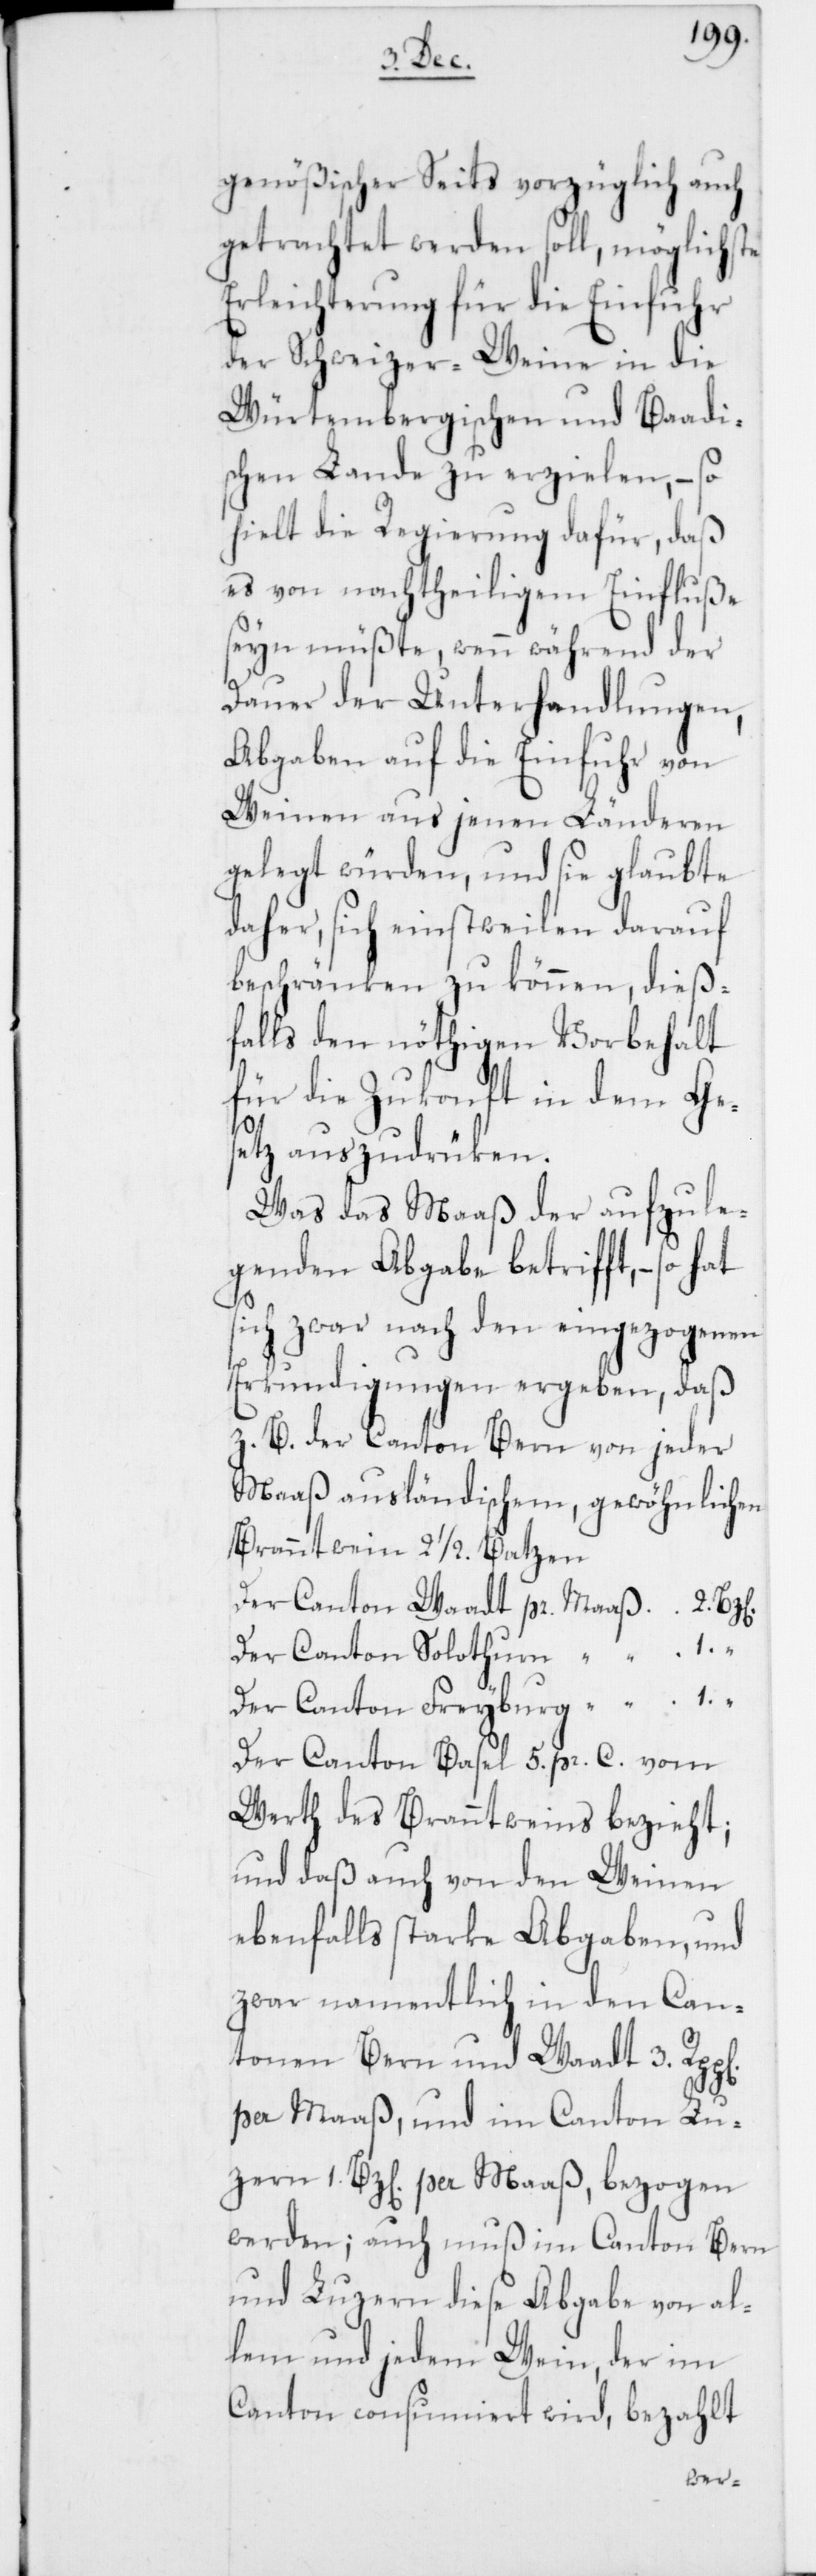
genößischer Seits vorzüglich auch
getrachtet werden soll, möglichste
Erleichterung für die Einfuhr
der Schweizer-Weine in die
Würtembergischen und Baadi¬
schen Lande zu erzielen, – so
hielt die Regierung dafür, daß
es von nachtheiligem Einfluße
seyn müßte, wenn während der
Dauer der Unterhandlungen,
Abgaben auf die Einfuhr von
Weinen aus jenen Länderen
gelegt würden, und sie glaubte
daher, sich einstweilen darauf
beschränken zu können, dieß¬
falls den nöthigen Vorbehalt
für die Zukonft in dem Ge¬
setz auszudrüken.
Was das Maaß der aufzule¬
genden Abgabe betrifft, – so
sich zwar nach den eingezogenen
Erkundigungen ergeben, daß
z. B. der Canton Bern von jeder
Maaß ausländischem, gewöhnlichen
Branntwein 2 1/2 Batzen
Der Canton Waadt pr. Maaß 2.
Der Canton Solothurn “ “ 1. “
Der Canton Freyburg “ “ 1. “
Der Canton Basel 5. pr. C. vom
Werth des Branntweins bezieht;
und daß auch von den Weinen
ebenfalls starke Abgaben, und
zwar namentlich in den Can¬
tonen Bern und Waadt 3.
per Maaß, und im Canton Lu¬
zern 1. Bz[en]. per Maaß, bezogen
werden; auch muß im Canton Bern
und Luzern diese Abgabe von al¬
lem und jedem Wein, der im
Canton consumiert wird, bezahlt